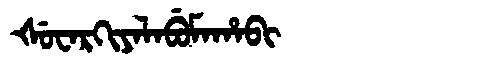
Manchu: ᡧᡠᠸᠠᡵᡴᡳᠶᠠᠯᠠᠪᡠᠮᠠᡥᠠᠪᡳ
Romanization: ŠUWARKIYALABUMAHABI